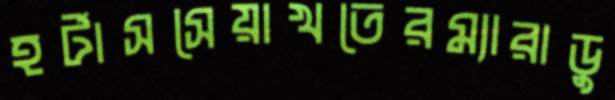
হর্টাসসেয়াখতেরম্যারাডু